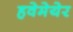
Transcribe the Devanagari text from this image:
हवेमेयेर